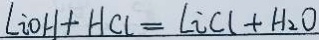
L i O H + H C l = L i C l + H _ { 2 } O